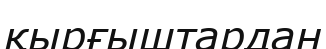
қырғыштардан